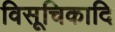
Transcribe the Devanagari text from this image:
विसूचिकादि